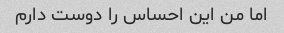
اما من این احساس را دوست دارم